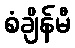
စံချိန်မီ